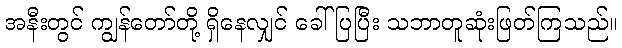
အနီးတွင် ကျွန်တော်တို့ ရှိနေလျှင် ခေါ်ပြပြီး သဘာတူဆုံးဖြတ်ကြသည်။